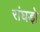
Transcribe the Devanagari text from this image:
रांघड़ो